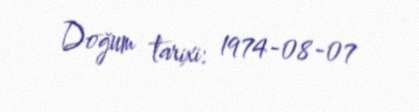
Doğum tarixi: 1974-08-07